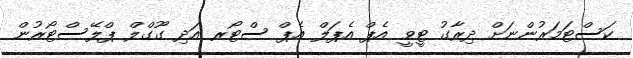
ކަސްޓަމަރުންނަށް ދިރާގު ޓީވީ އެޕް އެޕަލް އެޕް ސްޓޯރ އަދި ގޫގްލް ޕްލޭސްޓޯރުން